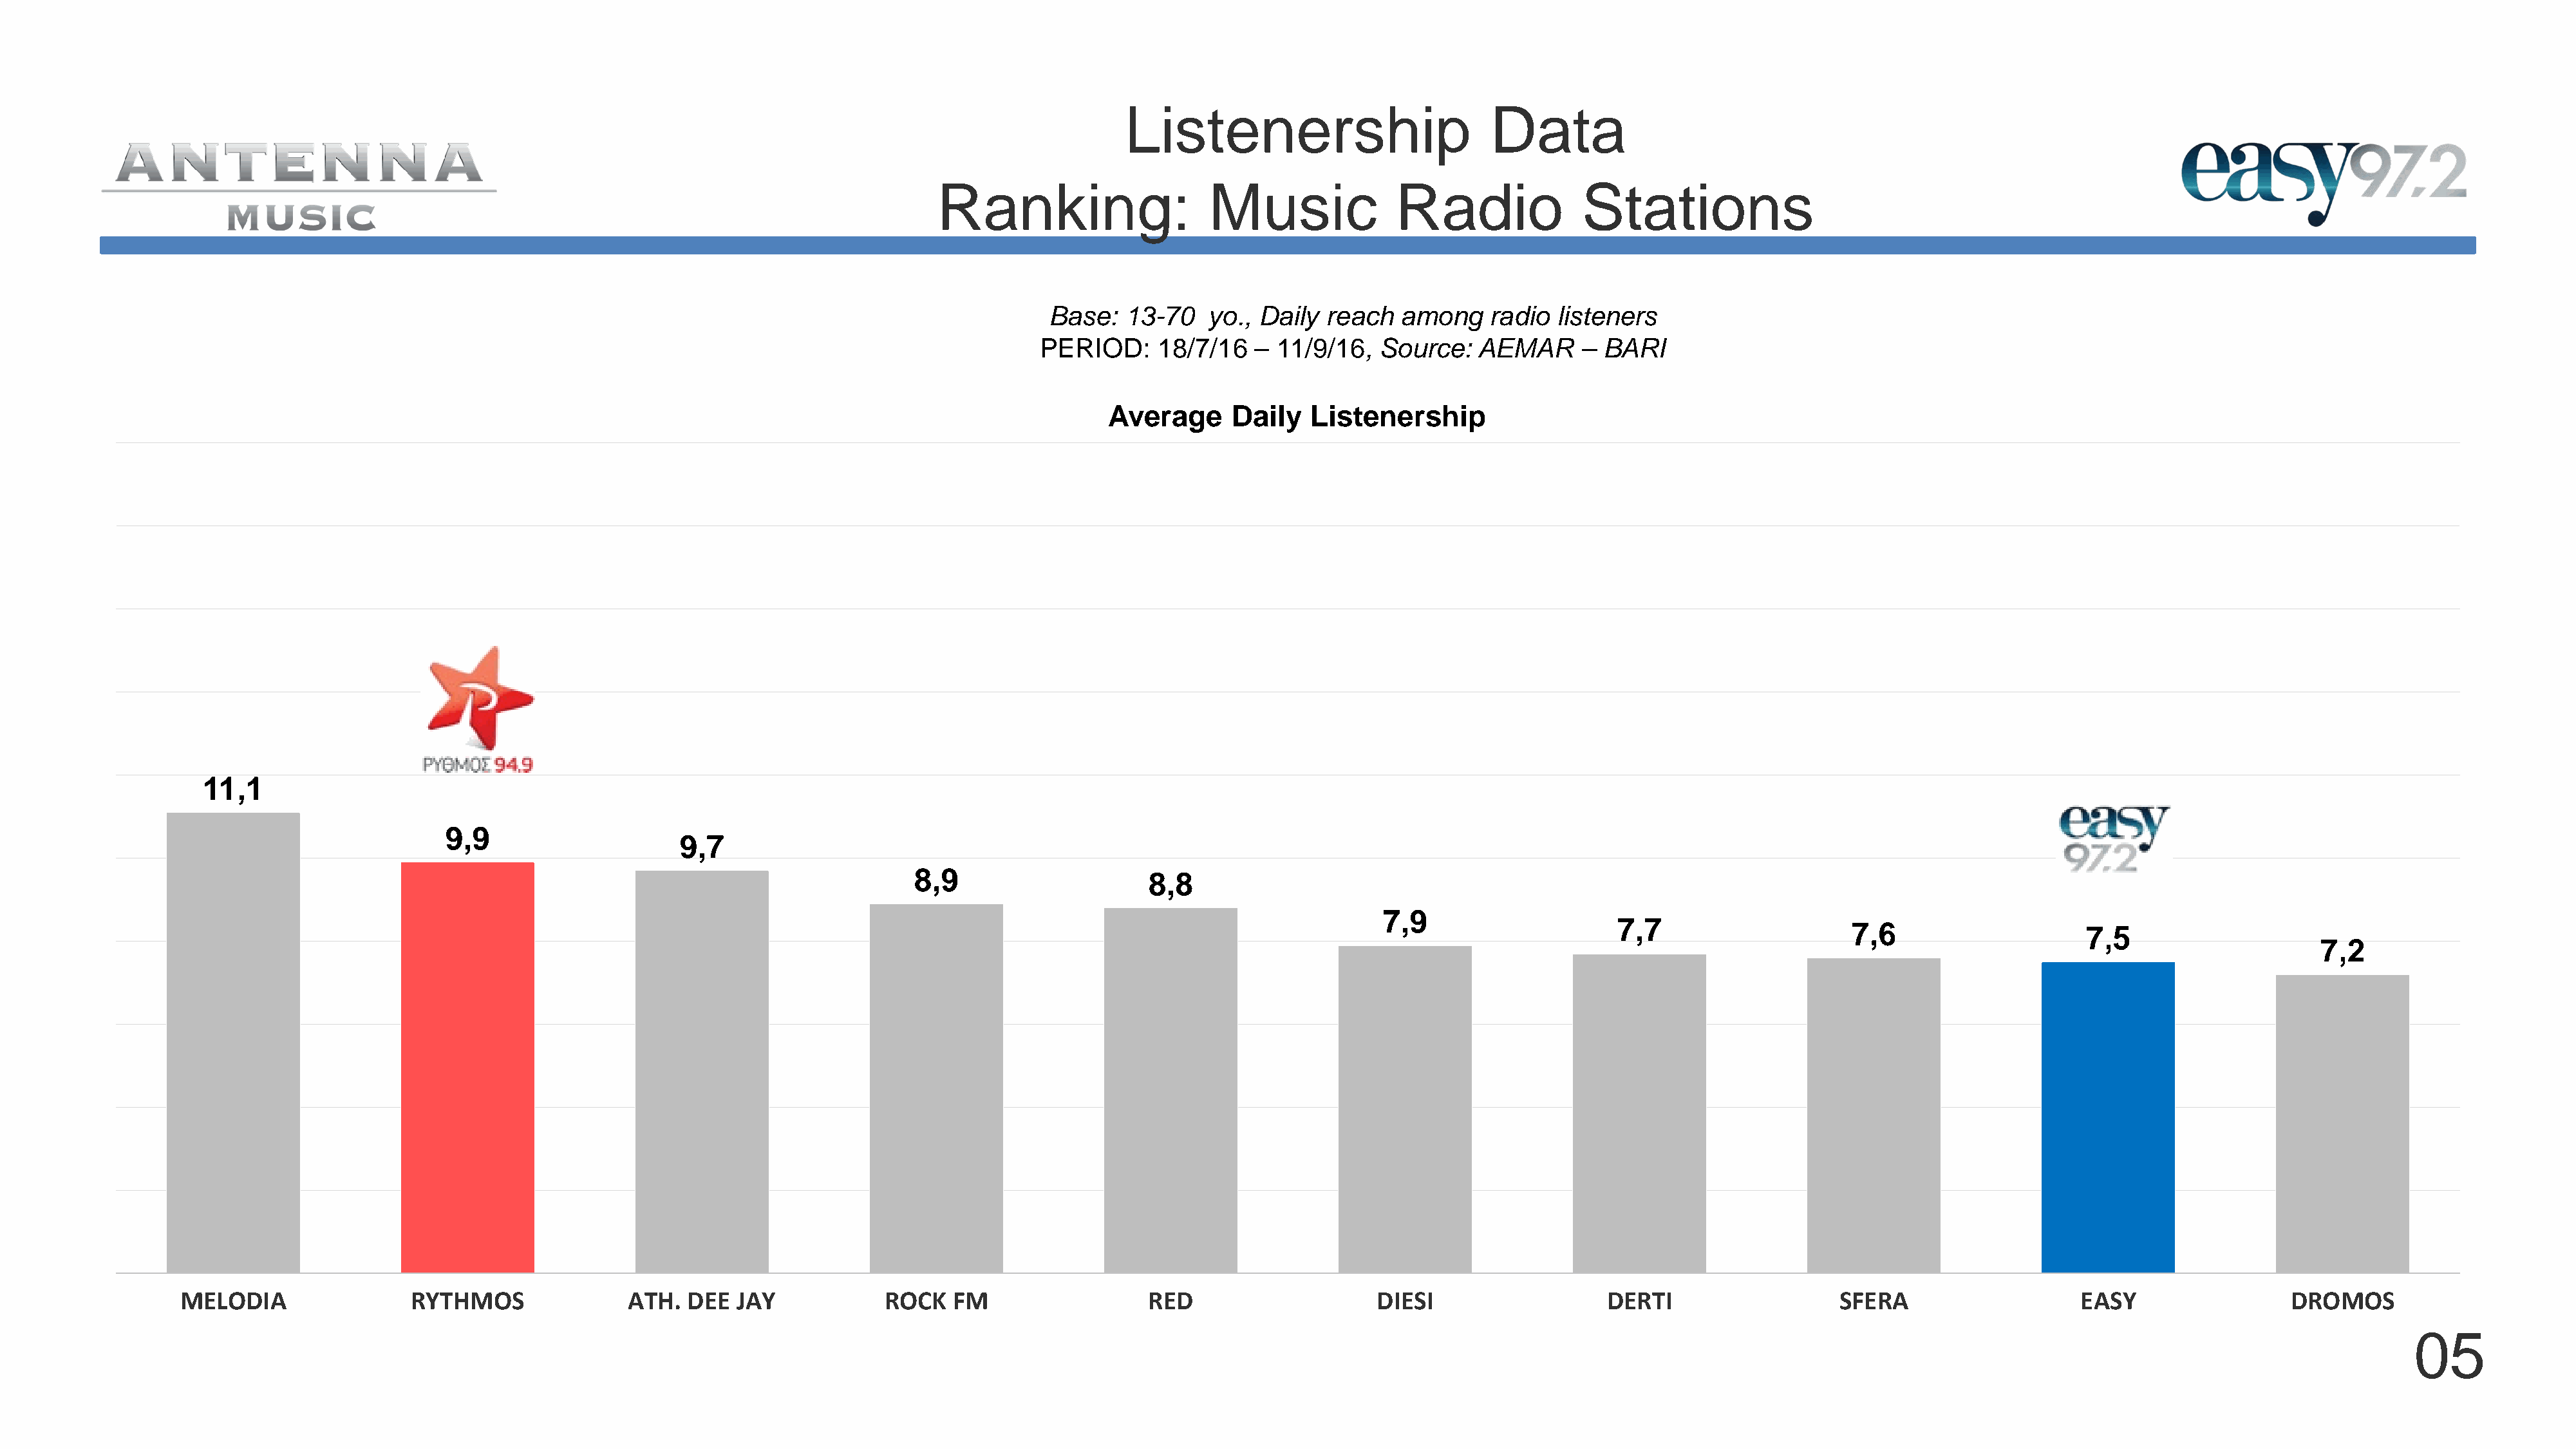
Listenership                         Data
 Ranking:                    Music              Radio               Stations
 Base:   13-70   yo., Daily  reach   among    radio  listeners
 PERIOD:     18/7/16   – 11/9/16,   Source:   AEMAR     –  BARI
 Average      Daily   Listenership
 11,1
 9,9
 9,7
 8,9
 8,8
 7,9
 7,7
 7,6
 7,5
 7,2
 MELODIA                RYTHMOS                ATH.  DEE  JAY            ROCK   FM                  RED                     DIESI                  DERTI                   SFERA                    EASY                 DROMOS
 05